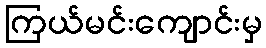
ကြယ်မင်းကျောင်းမှ